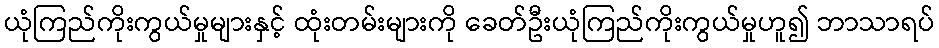
ယုံကြည်ကိုးကွယ်မှုများနှင့် ထုံးတမ်းများကို ခေတ်ဦးယုံကြည်ကိုးကွယ်မှုဟူ၍ ဘာသာရပ်